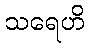
သရေဟိ